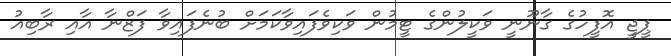
ޕީޖީ އޮފީހުގެ ގާނޫނީ ވަކީލުންގެ ޓީމުން ވަކިވެފައިވާކަމަށް ބުނެފައިވާ ފަޒްނާ އާއި ރާބިއު